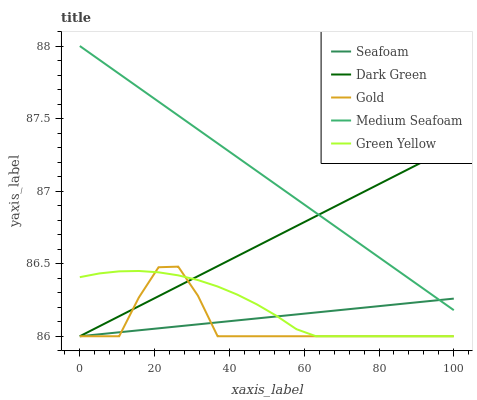
| xaxis_label | Seafoam | Dark Green | Gold | Medium Seafoam | Green Yellow |
 | --- | --- | --- | --- | --- | --- |
 | 0 | 86 | 86 | 86 | 88 | 86.4 |
 | 5.26 | 86 | 86.1 | 86 | 87.9 | 86.4 |
 | 10.5 | 86 | 86.1 | 86 | 87.8 | 86.4 |
 | 15.8 | 86 | 86.2 | 86.3 | 87.7 | 86.4 |
 | 21.1 | 86.1 | 86.3 | 86.5 | 87.6 | 86.4 |
 | 26.3 | 86.1 | 86.3 | 86.5 | 87.5 | 86.4 |
 | 31.6 | 86.1 | 86.4 | 86.3 | 87.4 | 86.4 |
 | 36.8 | 86.1 | 86.5 | 86 | 87.3 | 86.3 |
 | 42.1 | 86.1 | 86.6 | 86 | 87.2 | 86.3 |
 | 47.4 | 86.1 | 86.6 | 86 | 87.1 | 86.2 |
 | 52.6 | 86.1 | 86.7 | 86 | 87 | 86.1 |
 | 57.9 | 86.2 | 86.8 | 86 | 86.9 | 86 |
 | 63.2 | 86.2 | 86.8 | 86 | 86.9 | 86 |
 | 68.4 | 86.2 | 86.9 | 86 | 86.8 | 86 |
 | 73.7 | 86.2 | 87 | 86 | 86.7 | 86 |
 | 78.9 | 86.2 | 87 | 86 | 86.6 | 86 |
 | 84.2 | 86.2 | 87.1 | 86 | 86.5 | 86 |
 | 89.5 | 86.2 | 87.2 | 86 | 86.4 | 86 |
 | 94.7 | 86.2 | 87.2 | 86 | 86.3 | 86 |
 | 100 | 86.3 | 87.3 | 86 | 86.2 | 86 |